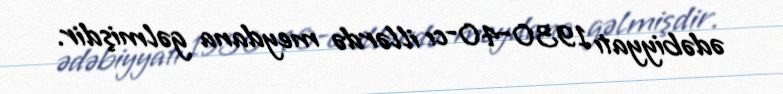
ədəbiyyatı 1930–40-cı illərdə meydana gəlmişdir.